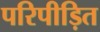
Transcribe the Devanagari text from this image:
परिपीड़ित